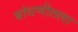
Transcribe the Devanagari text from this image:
बांधणीतला